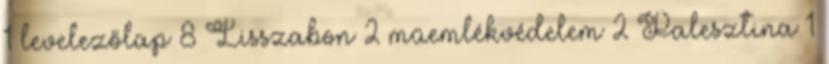
1 levelezőlap 8 Lisszabon 2 műemlékvédelem 2 Palesztina 1